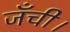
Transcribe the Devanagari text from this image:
जँची।